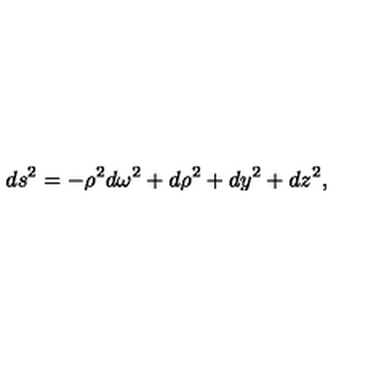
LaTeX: d s ^ { 2 } = - \rho ^ { 2 } d \omega ^ { 2 } + d \rho ^ { 2 } + d y ^ { 2 } + d z ^ { 2 } ,